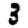
Digit: 3